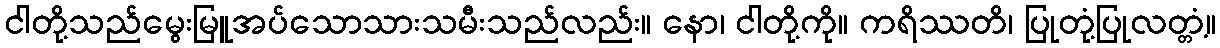
ငါတို့သည်မွေးမြူအပ်သောသားသမီးသည်လည်း။ နော၊ ငါတို့ကို။ ကရိဿတိ၊ ပြုတုံ့ပြုလတ္တံ့။